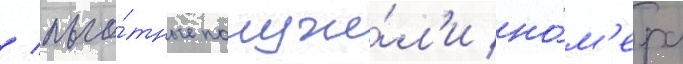
/ льго́тные получи́л'и но́м'ера